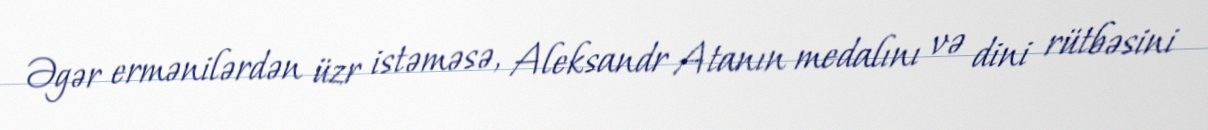
Əgər ermənilərdən üzr istəməsə, Aleksandr Atanın medalını və dini rütbəsini